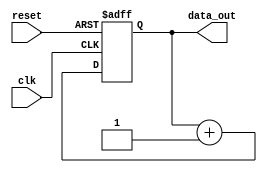
module Up_Counter(clk, reset, data_out);

input clk, reset;
output reg [3:0] data_out;

always @ (posedge clk or posedge reset)
begin
  if(reset) begin
    data_out <= 4'b000;
  end
  else begin
    data_out <= data_out + 1'b1;
  end
end

endmodule